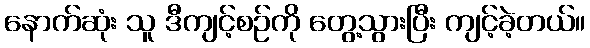
နောက်ဆုံး သူ ဒီကျင့်စဉ်ကို တွေ့သွားပြီး ကျင့်ခဲ့တယ်။